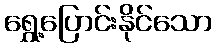
ရွှေ့ပြောင်းနိုင်သော